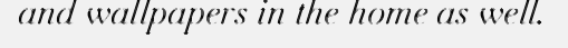
and wallpapers in the home as well.